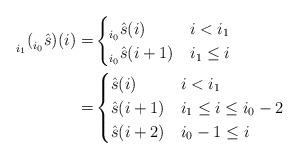
LaTeX: \begin{align*}\prescript{}{i_1}{(\prescript{}{i_0}{\hat{s}})}(i)=&\begin{cases}\prescript{}{i_0}{\hat{s}}(i)&i<i_1\\\prescript{}{i_0}{\hat{s}}(i+1)& i_1\leq i\end{cases}\\=&\begin{cases}\hat{s}(i)&i<i_1\\\hat{s}(i+1)&i_1\leq i\leq i_0-2\\\hat{s}(i+2)&i_0-1\leq i\end{cases}\end{align*}